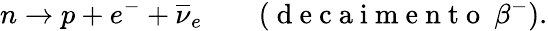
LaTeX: n\to p+e^{-}+\overline{{\nu}}_{e}\qquad(\mathrm{~d~e~c~a~i~m~e~n~t~o~}~\beta^{-}).